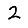
Digit: 2